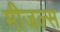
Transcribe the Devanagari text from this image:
मीजल्स